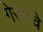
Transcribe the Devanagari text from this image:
गेरेरोचे